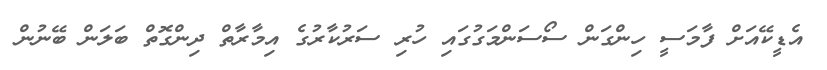
އެޑީކޭއަށް ފާމަސީ ހިންގަން ސޯސަންމަގުގައި ހުރި ސަރުކާރުގެ އިމާރާތް ދިންގޮތް ބަލަން ބޭނުން